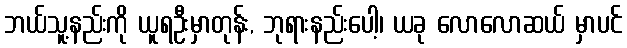
ဘယ်သူ့နည်းကို ယူရဦးမှာတုန်း, ဘုရားနည်းပေါ့၊ ယခု လောလောဆယ် မှာပင်